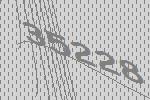
35228